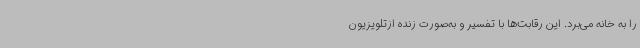
را به خانه می‌برد. این رقابت‌ها با تفسیر و به‌صورت زنده ازتلویزیون